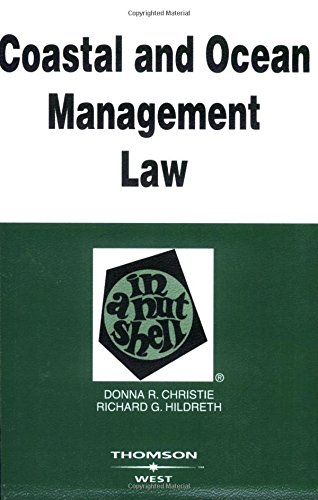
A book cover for Coastal and Ocean Management Law in a Nutshell; Donna Christie; Law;